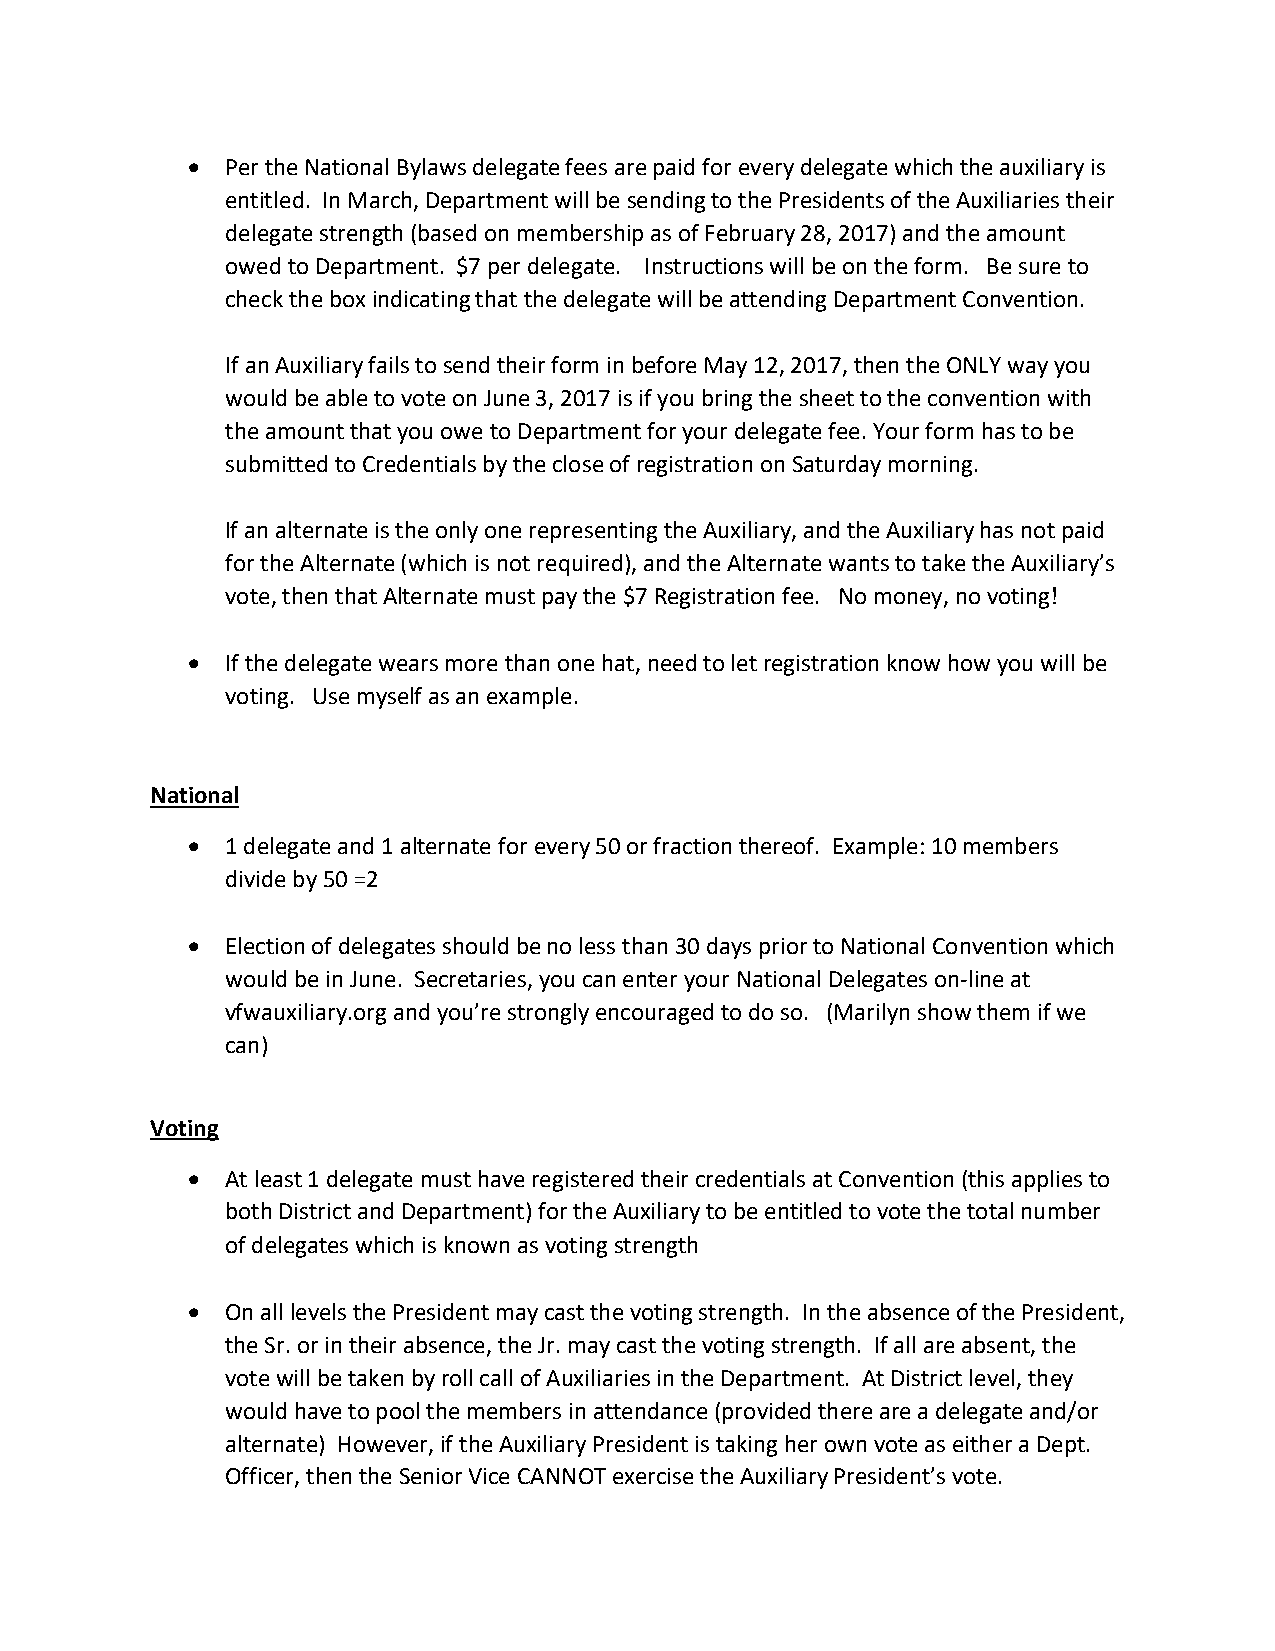
•  Per the National Bylaws delegate fees are paid for every delegate which the auxiliary is
 entitled. In March, Department will be sending to the Presidents of the Auxiliaries their
 delegate strength (based on membership as of February 28, 2017) and the amount
 owed to Department. $7 per delegate. Instructions will be on the form. Be sure to
 check the box indicating that the delegate will be attending Department Convention.
 If an Auxiliary fails to send their form in before May 12, 2017, then the ONLY way you
 would be able to vote on June 3, 2017 is if you bring the sheet to the convention with
 the amount that you owe to Department for your delegate fee. Your form has to be
 submitted to Credentials by the close of registration on Saturday morning.
 If an alternate is the only one representing the Auxiliary, and the Auxiliary has not paid
 for the Alternate (which is not required), and the Alternate wants to take the Auxiliary’s
 vote, then that Alternate must pay the $7 Registration fee. No money, no voting!
 •  If the delegate wears more than one hat, need to let registration know how you will be
 voting. Use myself as an example.
 National
 •  1 delegate and 1 alternate for every 50 or fraction thereof. Example: 10 members
 divide by 50 =2
 •  Election of delegates should be no less than 30 days prior to National Convention which
 would be in June. Secretaries, you can enter your National Delegates on-line at
 vfwauxiliary.org and you’re strongly encouraged to do so. (Marilyn show them if we
 can)
 Voting
 •  At least 1 delegate must have registered their credentials at Convention (this applies to
 both District and Department) for the Auxiliary to be entitled to vote the total number
 of delegates which is known as voting strength
 •  On all levels the President may cast the voting strength. In the absence of the President,
 the Sr. or in their absence, the Jr. may cast the voting strength. If all are absent, the
 vote will be taken by roll call of Auxiliaries in the Department. At District level, they
 would have to pool the members in attendance (provided there are a delegate and/or
 alternate) However, if the Auxiliary President is taking her own vote as either a Dept.
 Officer, then the Senior Vice CANNOT exercise the Auxiliary President’s vote.